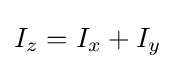
I_{z}=I_{x}+I_{y}